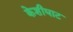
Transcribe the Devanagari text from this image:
केशीघाट